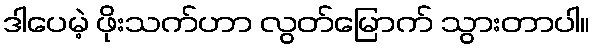
ဒါပေမဲ့ ဖိုးသက်ဟာ လွတ်မြောက် သွားတာပါ။